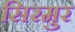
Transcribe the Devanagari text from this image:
सिरमुर